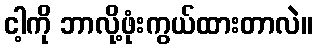
ငါ့ကို ဘာလို့ဖုံးကွယ်ထားတာလဲ။